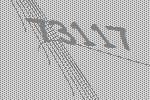
73117